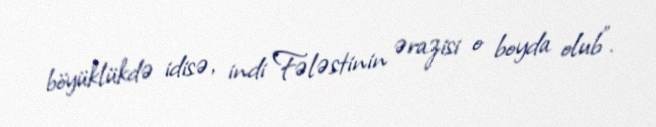
böyüklükdə idisə, indi Fələstinin ərazisi o boyda olub”.